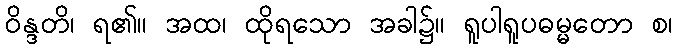
ဝိန္ဒတိ၊ ရ၏။ အထ၊ ထိုရသော အခါ၌။ ရူပါရူပဓမ္မတော စ၊